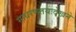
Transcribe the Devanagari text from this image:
साधरणतयःदेखने